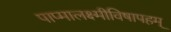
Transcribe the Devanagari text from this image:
पाप्मालक्ष्मीविषापहम्